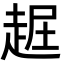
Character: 𧻡